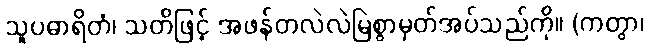
သူပဓာရိတံ၊ သတိဖြင့် အဖန်တလဲလဲမြဲစွာမှတ်အပ်သည်ကို။ (ကတွာ၊